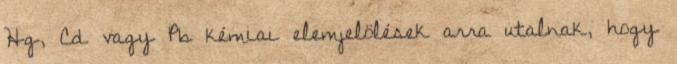
Hg, Cd vagy Pb kémiai elemjelölések arra utalnak, hogy